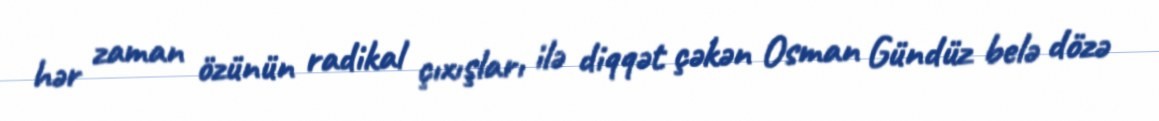
hər zaman özünün radikal çıxışları ilə diqqət çəkən Osman Gündüz belə dözə